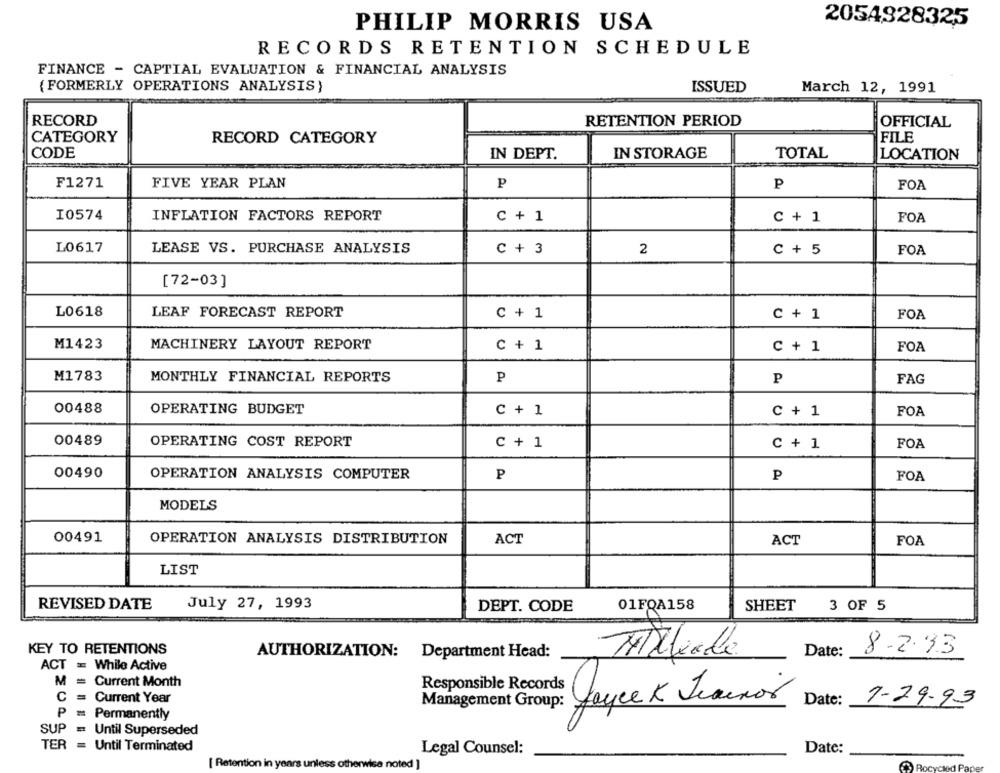
2054928325
PHILIP MORRIS USA
RECORDS RETENTION SCHEDULE
FINANCE - CAPTIAL EVALUATION & FINANCIAL ANALYSIS
{FORMERLY OPERATIONS ANALYSIS)
ISSUED
March 12, 1991
RECORD
RETENTION PERIOD
OFFICIAL
CATEGORY
RECORD CATEGORY
FILE
CODE
IN DEPT.
IN STORAGE
TOTAL
LOCATION
F1271
FIVE YEAR PLAN
P
P
FOA
I0574
INFLATION FACTORS REPORT
C + 1
C + 1
FOA
L0617
LEASE VS. PURCHASE ANALYSIS
C + 3
2
C + 5
FOA
[72-03]
L0618
LEAF FORECAST REPORT
C + 1
C + 1
FOA
M1423
MACHINERY LAYOUT REPORT
C + 1
C + 1
FOA
M1783
MONTHLY FINANCIAL REPORTS
P
P
FAG
00488
OPERATING BUDGET
C + 1
C + 1
FOA
00489
OPERATING COST REPORT
C + 1
C + 1
FOA
00490
OPERATION ANALYSIS COMPUTER
P
P
FOA
MODELS
00491
OPERATION ANALYSIS DISTRIBUTION
ACT
ACT
FOA
LIST
REVISED DATE
July 27, 1993
DEPT. CODE
01FQA158
SHEET
3 OF 5
KEY TO RETENTIONS
AUTHORIZATION: Department Head:
Ameliade
Date:
8-2.93
ACT = While Active
M = Current Month
Responsible Records
C
=
Current Year
Management Group:
Date:
7-29-93
P = Permanently
SUP
= Until Superseded
TER
Until Terminated
Legal Counsel:
Date:
[ Retention in years unless otherwise noted ]